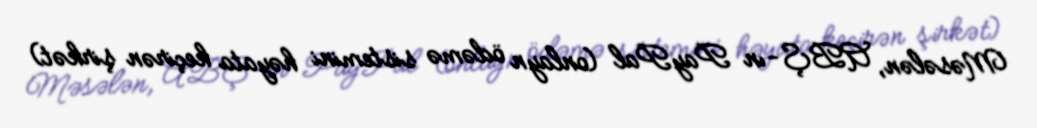
Məsələn, ABŞ-ın PayPal (onlayn ödəmə sistemini həyata keçirən şirkət)